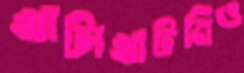
খাটাখাটনিও